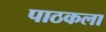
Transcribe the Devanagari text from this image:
पाठकला